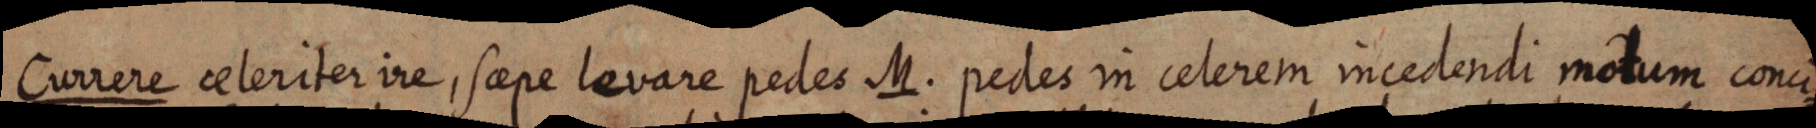
Currere celeriter ire, saepe levare pedes M. pedes in celerem incedendi motum conci